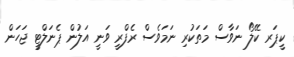
ކީޕަރ ކޭލޯ ނަވާސް މަތަކުރި ނަމަވެސް ރެފްރީ ވަނީ އަލުން ޕެނަލްޓީ ޖަހަން